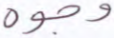
وجوه